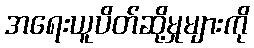
အရေးယူပိတ်ဆို့မှုများကို